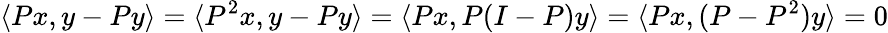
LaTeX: \langle Px,y-Py\rangle=\langle P^{2}x,y-Py\rangle=\langle Px,P(I-P)y\rangle=\langle Px,(P-P^{2})y\rangle=0